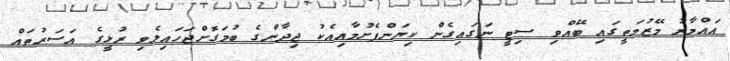
އައްމާރު މޭޒުމަތީގައި ބޭއްވި ސިޓީ ނަގައިގެން ކިޔަންފެށުމާއިއެކު ޖިދާންގެ ބުމަގޮށްޖަހައިލެވި ރުޅީގެ އަސަރުތައް